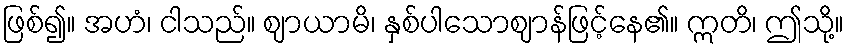
ဖြစ်၍။ အဟံ၊ ငါသည်။ ဈာယာမိ၊ နှစ်ပါသောဈာန်ဖြင့်နေ၏။ ဣတိ၊ ဤသို့။